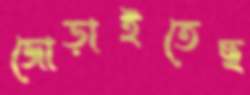
জোড়াইতেছ